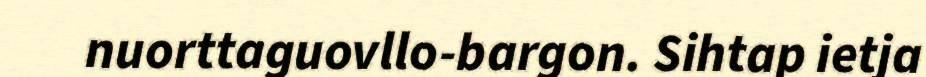
nuorttaguovllo-bargon. Sihtap ietja